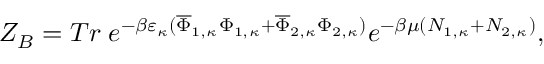
{ \cal Z } _ { B } = T r \; e ^ { - \beta \varepsilon _ { \kappa } ( \overline { { { \Phi } } } _ { 1 , \kappa } \Phi _ { 1 , \kappa } + \overline { { { \Phi } } } _ { 2 , \kappa } \Phi _ { 2 , \kappa } ) } e ^ { - \beta \mu ( N _ { 1 , \kappa } + N _ { 2 , \kappa } ) } ,